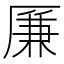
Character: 𠪊